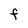
Character: f